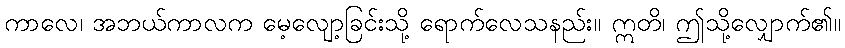
ကာလေ၊ အဘယ်ကာလက မေ့လျော့ခြင်းသို့ ရောက်လေသနည်း။ ဣတိ၊ ဤသို့လျှောက်၏။